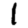
Digit: 1